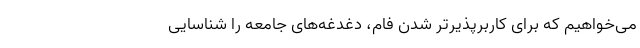
می‌خواهیم که برای کاربرپذیرتر شدن فام، دغدغه‌های جامعه را شناسایی